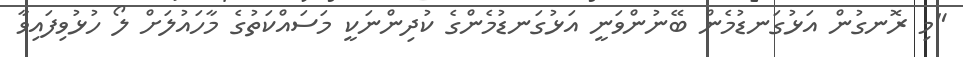
"މި ރޮނގުން އަޅުގަނޑުމެން ބޭނުންވަނީ އަޅުގަނޑުމެންގެ ކުދިންނަކީ މަސައްކަތުގެ މާހައުލަށް ލޯ ހުޅުވިފައިވާ